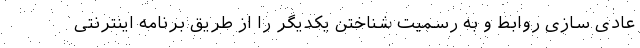
عادی سازی روابط و به رسمیت شناختن یکدیگر را از طریق برنامه اینترنتی